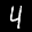
Label: 4